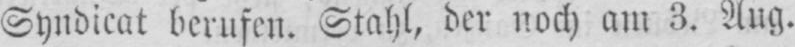
Syndicat berufen. Stahl, der noch am 3. Aug.